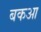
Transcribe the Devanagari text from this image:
बकआ